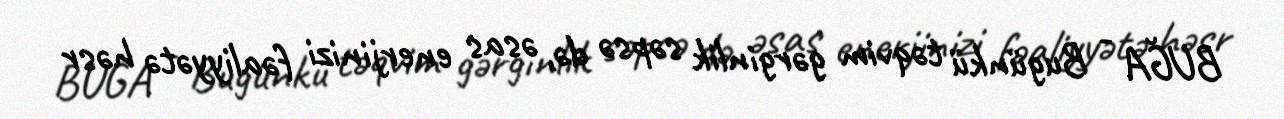
BUĞA - Bugünkü təqvim gərginlik səpsə də, əsas enerjinizi fəaliyyətə həsr